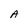
Character: A